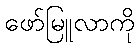
ဖော်မြူလာကို